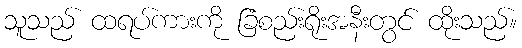
သူသည် ထရပ်ကားကို ခြံစည်းရိုးအနီးတွင် ထိုးသည်။